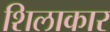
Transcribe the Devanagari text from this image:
शिलाकार